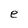
Character: e